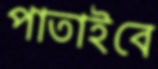
পাতাইবে